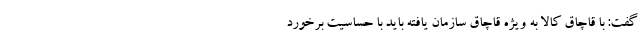
گفت: با قاچاق کالا به ویژه قاچاق سازمان یافته باید با حساسیت برخورد